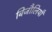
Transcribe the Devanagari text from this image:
बिजौलियाँ